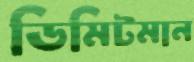
ডিমিটমান